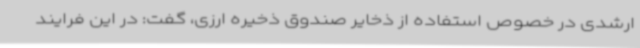
ارشدی در خصوص استفاده از ذخایر صندوق ذخیره ارزی، گفت: در این فرایند